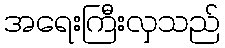
အရေးကြီးလှသည်